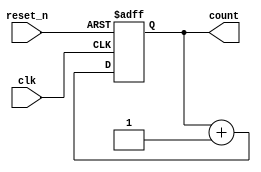
module async_reset_sync_counter (
    input wire clk,            // Clock input
    input wire reset_n,       // Active low asynchronous reset
    output reg [3:0] count    // 4-bit counter output
);

// Always block for synchronous counting and asynchronous reset
always @(posedge clk or negedge reset_n) begin
    if (!reset_n) begin
        // Asynchronous reset: set count to 0
        count <= 4'b0000;
    end else begin
        // Synchronous counting: increment count
        count <= count + 1;
    end
end

endmodule